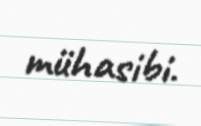
mühasibi.